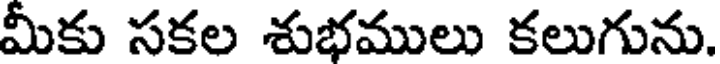
మీకు సకల శుభములు కలుగును.